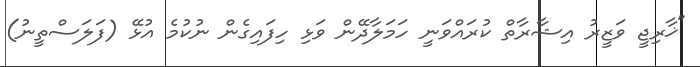
"ޚާރިޖީ ވަޒީރު އިޝާރާތް ކުރައްވަނީ ހަމަލާދޭން ވަޅި ހިފައިގެން ނުކުމެ އުޅޭ (ފަލަސްތީނު)